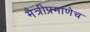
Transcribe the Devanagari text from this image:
मैत्रीप्रमाणेच